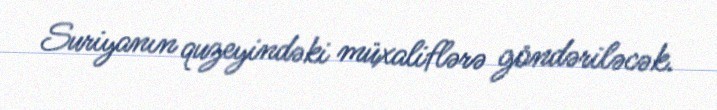
Suriyanın quzeyindəki müxaliflərə göndəriləcək.